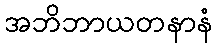
အဘိဘာယတနာနံ